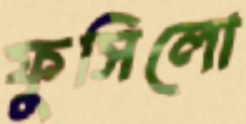
ফুসিলো